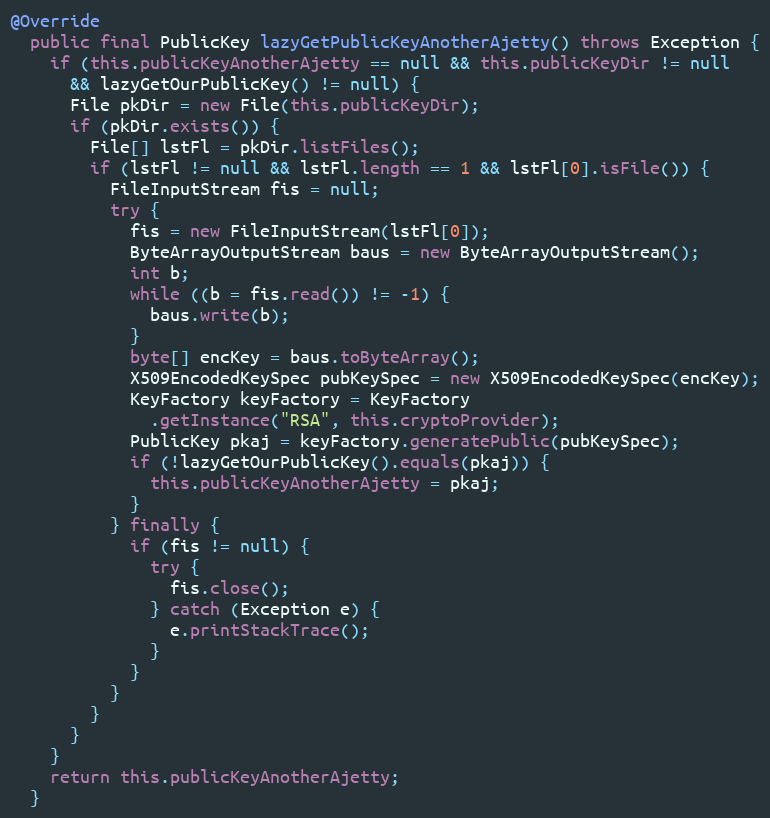
Language: Java
@Override
  public final PublicKey lazyGetPublicKeyAnotherAjetty() throws Exception {
    if (this.publicKeyAnotherAjetty == null && this.publicKeyDir != null
      && lazyGetOurPublicKey() != null) {
      File pkDir = new File(this.publicKeyDir);
      if (pkDir.exists()) {
        File[] lstFl = pkDir.listFiles();
        if (lstFl != null && lstFl.length == 1 && lstFl[0].isFile()) {
          FileInputStream fis = null;
          try {
            fis = new FileInputStream(lstFl[0]);
            ByteArrayOutputStream baus = new ByteArrayOutputStream();
            int b;
            while ((b = fis.read()) != -1) {
              baus.write(b);
            }
            byte[] encKey = baus.toByteArray();
            X509EncodedKeySpec pubKeySpec = new X509EncodedKeySpec(encKey);
            KeyFactory keyFactory = KeyFactory
              .getInstance("RSA", this.cryptoProvider);
            PublicKey pkaj = keyFactory.generatePublic(pubKeySpec);
            if (!lazyGetOurPublicKey().equals(pkaj)) {
              this.publicKeyAnotherAjetty = pkaj;
            }
          } finally {
            if (fis != null) {
              try {
                fis.close();
              } catch (Exception e) {
                e.printStackTrace();
              }
            }
          }
        }
      }
    }
    return this.publicKeyAnotherAjetty;
  }